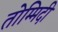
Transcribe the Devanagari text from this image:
तोम्मिदी